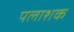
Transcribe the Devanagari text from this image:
पलाशक